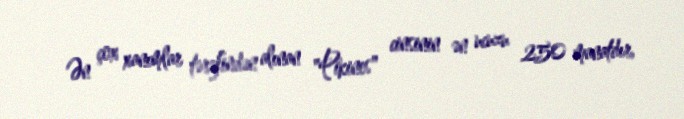
Ən çox xanımlar tərəfindən alınan "Pikines" cinsinin ən ucuzu 250 manatdır,